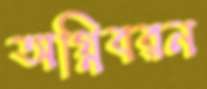
অগ্নিবরন